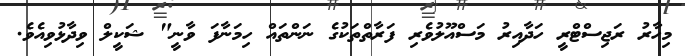
މިހާރު ރަޖިސްޓްރީ ހަދާއިރު މަސްއޫލުވެރި ފަރާތްތަކުގެ ނަންތައް ހިމަނާފަ ވާނީ" ޝަކީލް ވިދާޅުވިއެވެ.